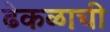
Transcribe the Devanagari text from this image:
ढेकळाची